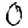
Digit: 0